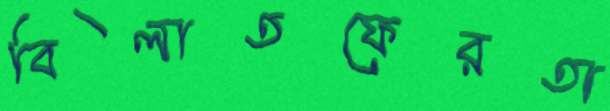
বিলাতফেরতা